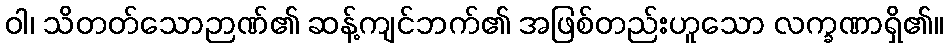
ဝါ၊ သိတတ်သောဉာဏ်၏ ဆန့်ကျင်ဘက်၏ အဖြစ်တည်းဟူသော လက္ခဏာရှိ၏။